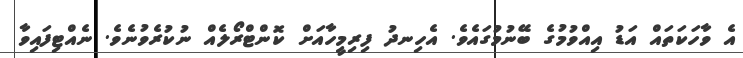
އެ ވާހަކަތައް އަޑު އިއްވުމުގެ ބޭނުމުގައެވެ. އެހިނދު ފިރިމީހާއަށް ކޮންޓްރޯލެއް ނުކުރެވުނެވެ. ނެއްޓިފައިވާ